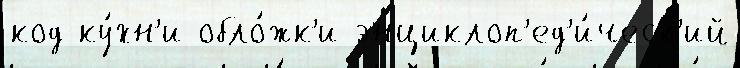
код ку́хн'и обло́жк'и энциклоп'ед'и́ческ'ий